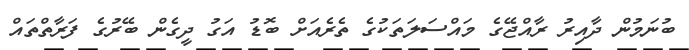
ބުނަމުން ދާއިރު ރާއްޖޭގެ މައްސަލަތަކުގެ ތެރެއަށް ބޮޑު އަގު ދީގެން ބޭރުގެ ފަރާތްތައް